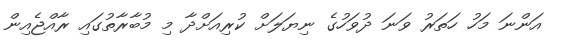
އަންނަ މަހު ހަތަރު ވަނަ ދުވަހުގެ ނިޔަލަށް ކުރިއަށްދާ މި މުބާރާތުގައި ރާއްޖެއިން